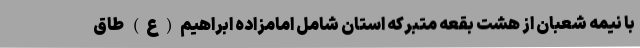
با نیمه شعبان از هشت بقعه متبرکه استان شامل امامزاده ابراهیم(ع) طاق